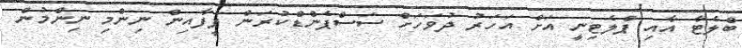
ބްލެޓާ އާއި ޕްލެޓިނީ އަށް އަހަރު ދުވަހަށް ސަސްޕެންޑްކުރަން ފީފާއިން ނިންމި ނިންމުން